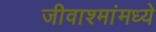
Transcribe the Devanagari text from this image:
जीवाश्मांमध्ये